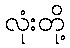
လုံးတို့